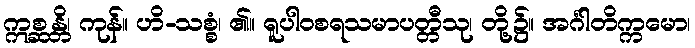
ဣစ္ဆန္တိ၊ ကုန်။ ဟိ-သစ္စံ၊ ၏။ ရူပါဝစရသမာပတ္တီသု၊ တို့၌။ အင်္ဂါတိက္ကမော၊